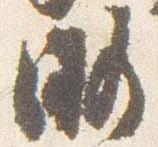
略